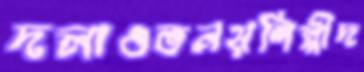
দলাওভনয়শিল্পীদ